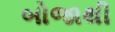
બોજાથી